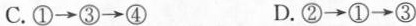
C. ①\rightarrow ③\rightarrow ④ D. ②\rightarrow ①\rightarrow ③